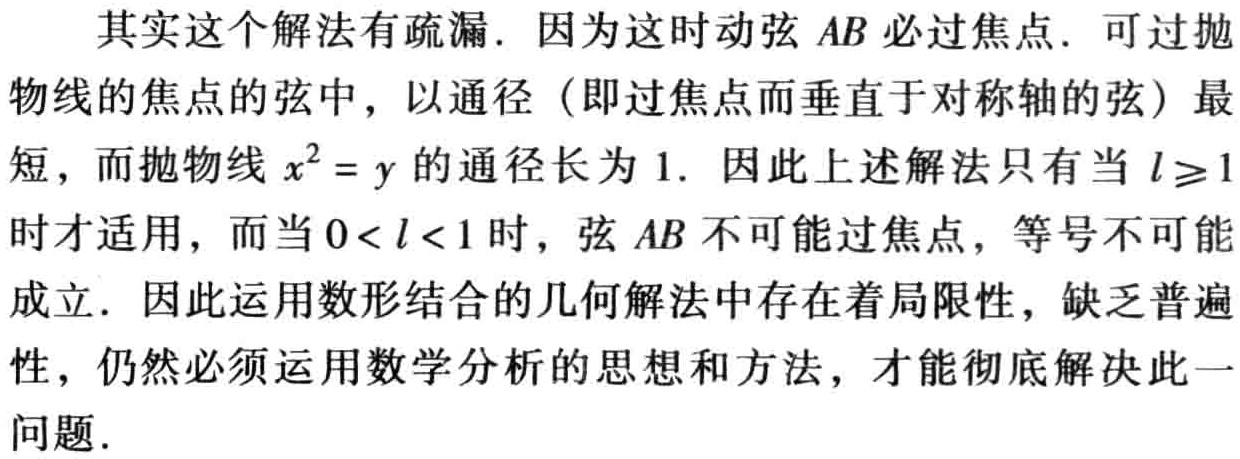
其实这个解法有疏漏. 因为这时动弦 \(AB\) 必过焦点. 可过抛物线的焦点的弦中，以通径（即过焦点而垂直于对称轴的弦）最短，而抛物线 \(x^{2}=y\) 的通径长为 \(1\). 因此上述解法只有当 \(l\geq1\) 时才适用，而当 \(0<l<1\) 时，弦 \(AB\) 不可能过焦点，等号不可能成立. 因此运用数形结合的几何解法中存在着局限性，缺乏普遍性，仍然必须运用数学分析的思想和方法，才能彻底解决此一问题.